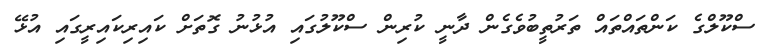
ސްކޫލްގެ ކަންތައްތައް ތަރުތީބުވެގެން ދާނީ ކުރިން ސްކޫލުގައި އުޅުނު ގޮތަށް ކައިރިކައިރީގައި އުޅޭ